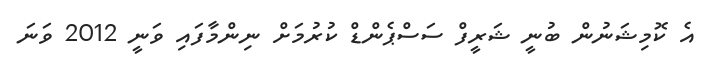
އެ ކޮމިޝަނުން ބުނީ ޝަރީފް ސަސްޕެންޑް ކުރުމަށް ނިންމާފައި ވަނީ 2012 ވަނަ